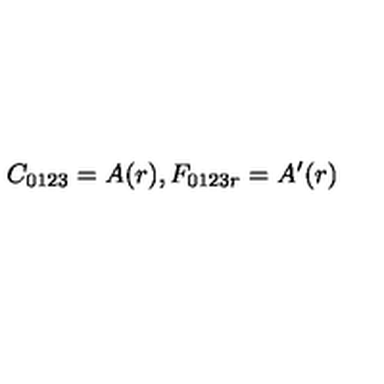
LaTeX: C _ { 0 1 2 3 } = A ( r ) , F _ { 0 1 2 3 r } = A ^ { \prime } ( r )